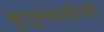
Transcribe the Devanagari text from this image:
कुतुबशाहीची